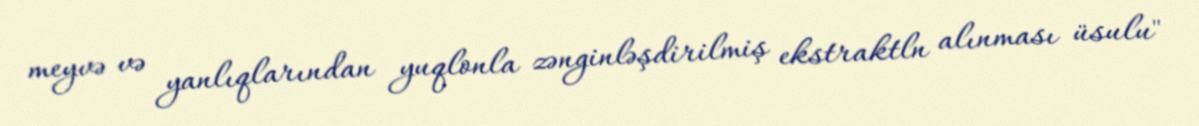
meyvə və yanlıqlarından yuqlonla zənginləşdirilmiş ekstraktln alınması üsulu"